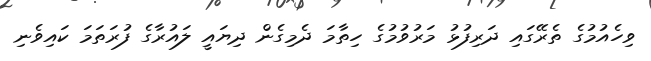
ވިހެއުމުގެ ތެރޭގައި ދަރިފުޅު މަރުވުމުގެ ހިތާމަ ދެމިގެން ދިޔައީ ލައުރާގެ ފުރަތަމަ ކައިވެނި